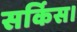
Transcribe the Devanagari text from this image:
सर्किस।